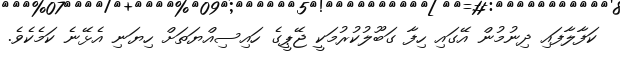
ކަފާލާފައި ދިނުމުން އޭގައި ހިފާ ގަބޫލުކުރުމަކީ ޖޭޕީގެ ހައިސިއްޔަތަށް ހިޔަނި އެޅޭނެ ކަމެކެވެ.